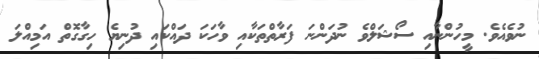
ނުވެއެވެ. މީހުންނާއި ސޯޝަލްވެ ނުދަންނަ ފަރާތްތަކާއި ވާހަކަ ދައްކައި ދުނިޔެ ހިގާގޮތް އަމިއްލަ